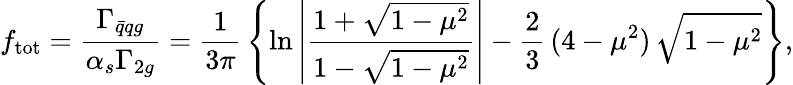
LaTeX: f_{\mathrm{tot}}=\frac{\Gamma_{\bar{q}qg}}{\alpha_{s}\Gamma_{2g}}=\frac{1}{3\pi}\, \left\{ \ln\left|\frac{1+\sqrt{1-\mu^{2}}}{1-\sqrt{1-\mu^{2}}}\right|-\frac{2}{3}\, (4-\mu^{2})\, \sqrt{1-\mu^{2}}\right\} ,